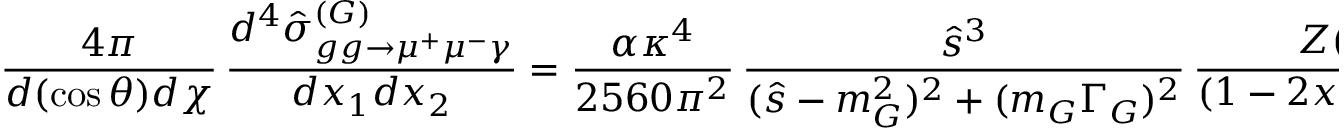
\frac { 4 \pi } { d ( \cos \theta ) d \chi } \, \frac { d ^ { 4 } \hat { \sigma } _ { g g \to \mu ^ { + } \mu ^ { - } \gamma } ^ { ( G ) } } { d x _ { 1 } d x _ { 2 } } = \frac { \alpha \kappa ^ { 4 } } { 2 5 6 0 \pi ^ { 2 } } \, \frac { \hat { s } ^ { 3 } } { ( \hat { s } - m _ { G } ^ { 2 } ) ^ { 2 } + ( m _ { G } \Gamma _ { G } ) ^ { 2 } } \, \frac { Z ( x _ { 1 } , x _ { 2 } , \cos \theta , \chi ) } { ( 1 - 2 x _ { 1 } ) ( 1 - 2 x _ { 2 } ) ( 1 - 2 x _ { 3 } ) } ,